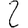
Digit: 2